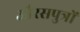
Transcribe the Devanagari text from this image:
औरसपुत्रों